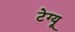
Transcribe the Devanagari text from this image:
टेग्यू